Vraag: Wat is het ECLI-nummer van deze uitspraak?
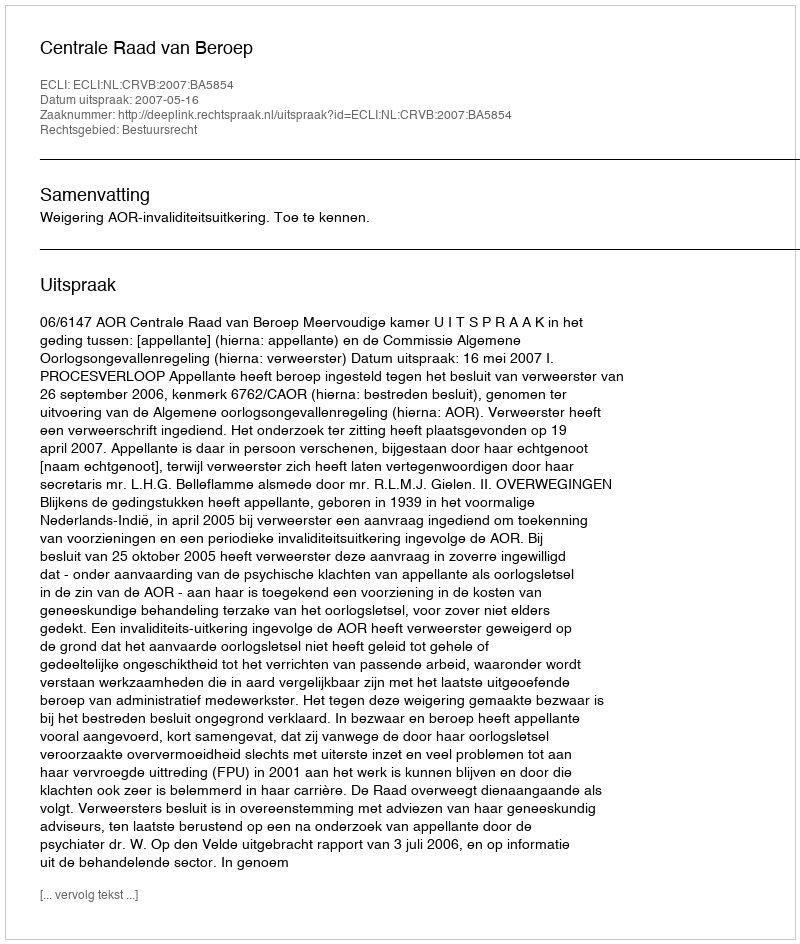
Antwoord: ECLI:NL:CRVB:2007:BA5854